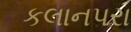
કલાનપરા